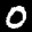
Label: 0